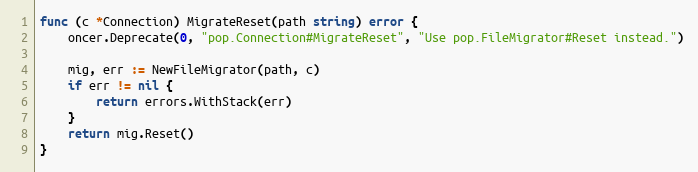
Language: Go
func (c *Connection) MigrateReset(path string) error {
	oncer.Deprecate(0, "pop.Connection#MigrateReset", "Use pop.FileMigrator#Reset instead.")

	mig, err := NewFileMigrator(path, c)
	if err != nil {
		return errors.WithStack(err)
	}
	return mig.Reset()
}